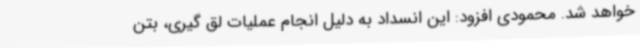
خواهد شد. محمودی افزود: این انسداد به دلیل انجام عملیات لق گیری، بتن